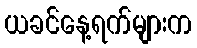
ယခင်နေ့ရက်များက